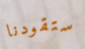
ستقودنا